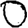
Digit: 0